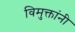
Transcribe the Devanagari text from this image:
विमुक्तांनी